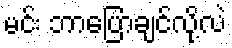
မင်း ဘာပြောချင်လို့လဲ